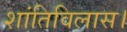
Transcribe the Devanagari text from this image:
शांतिविलास।